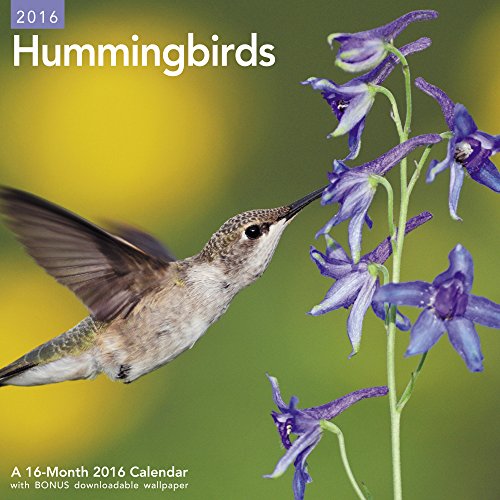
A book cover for Hummingbirds Wall Calendar (2016); Mead; Calendars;